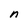
Character: n